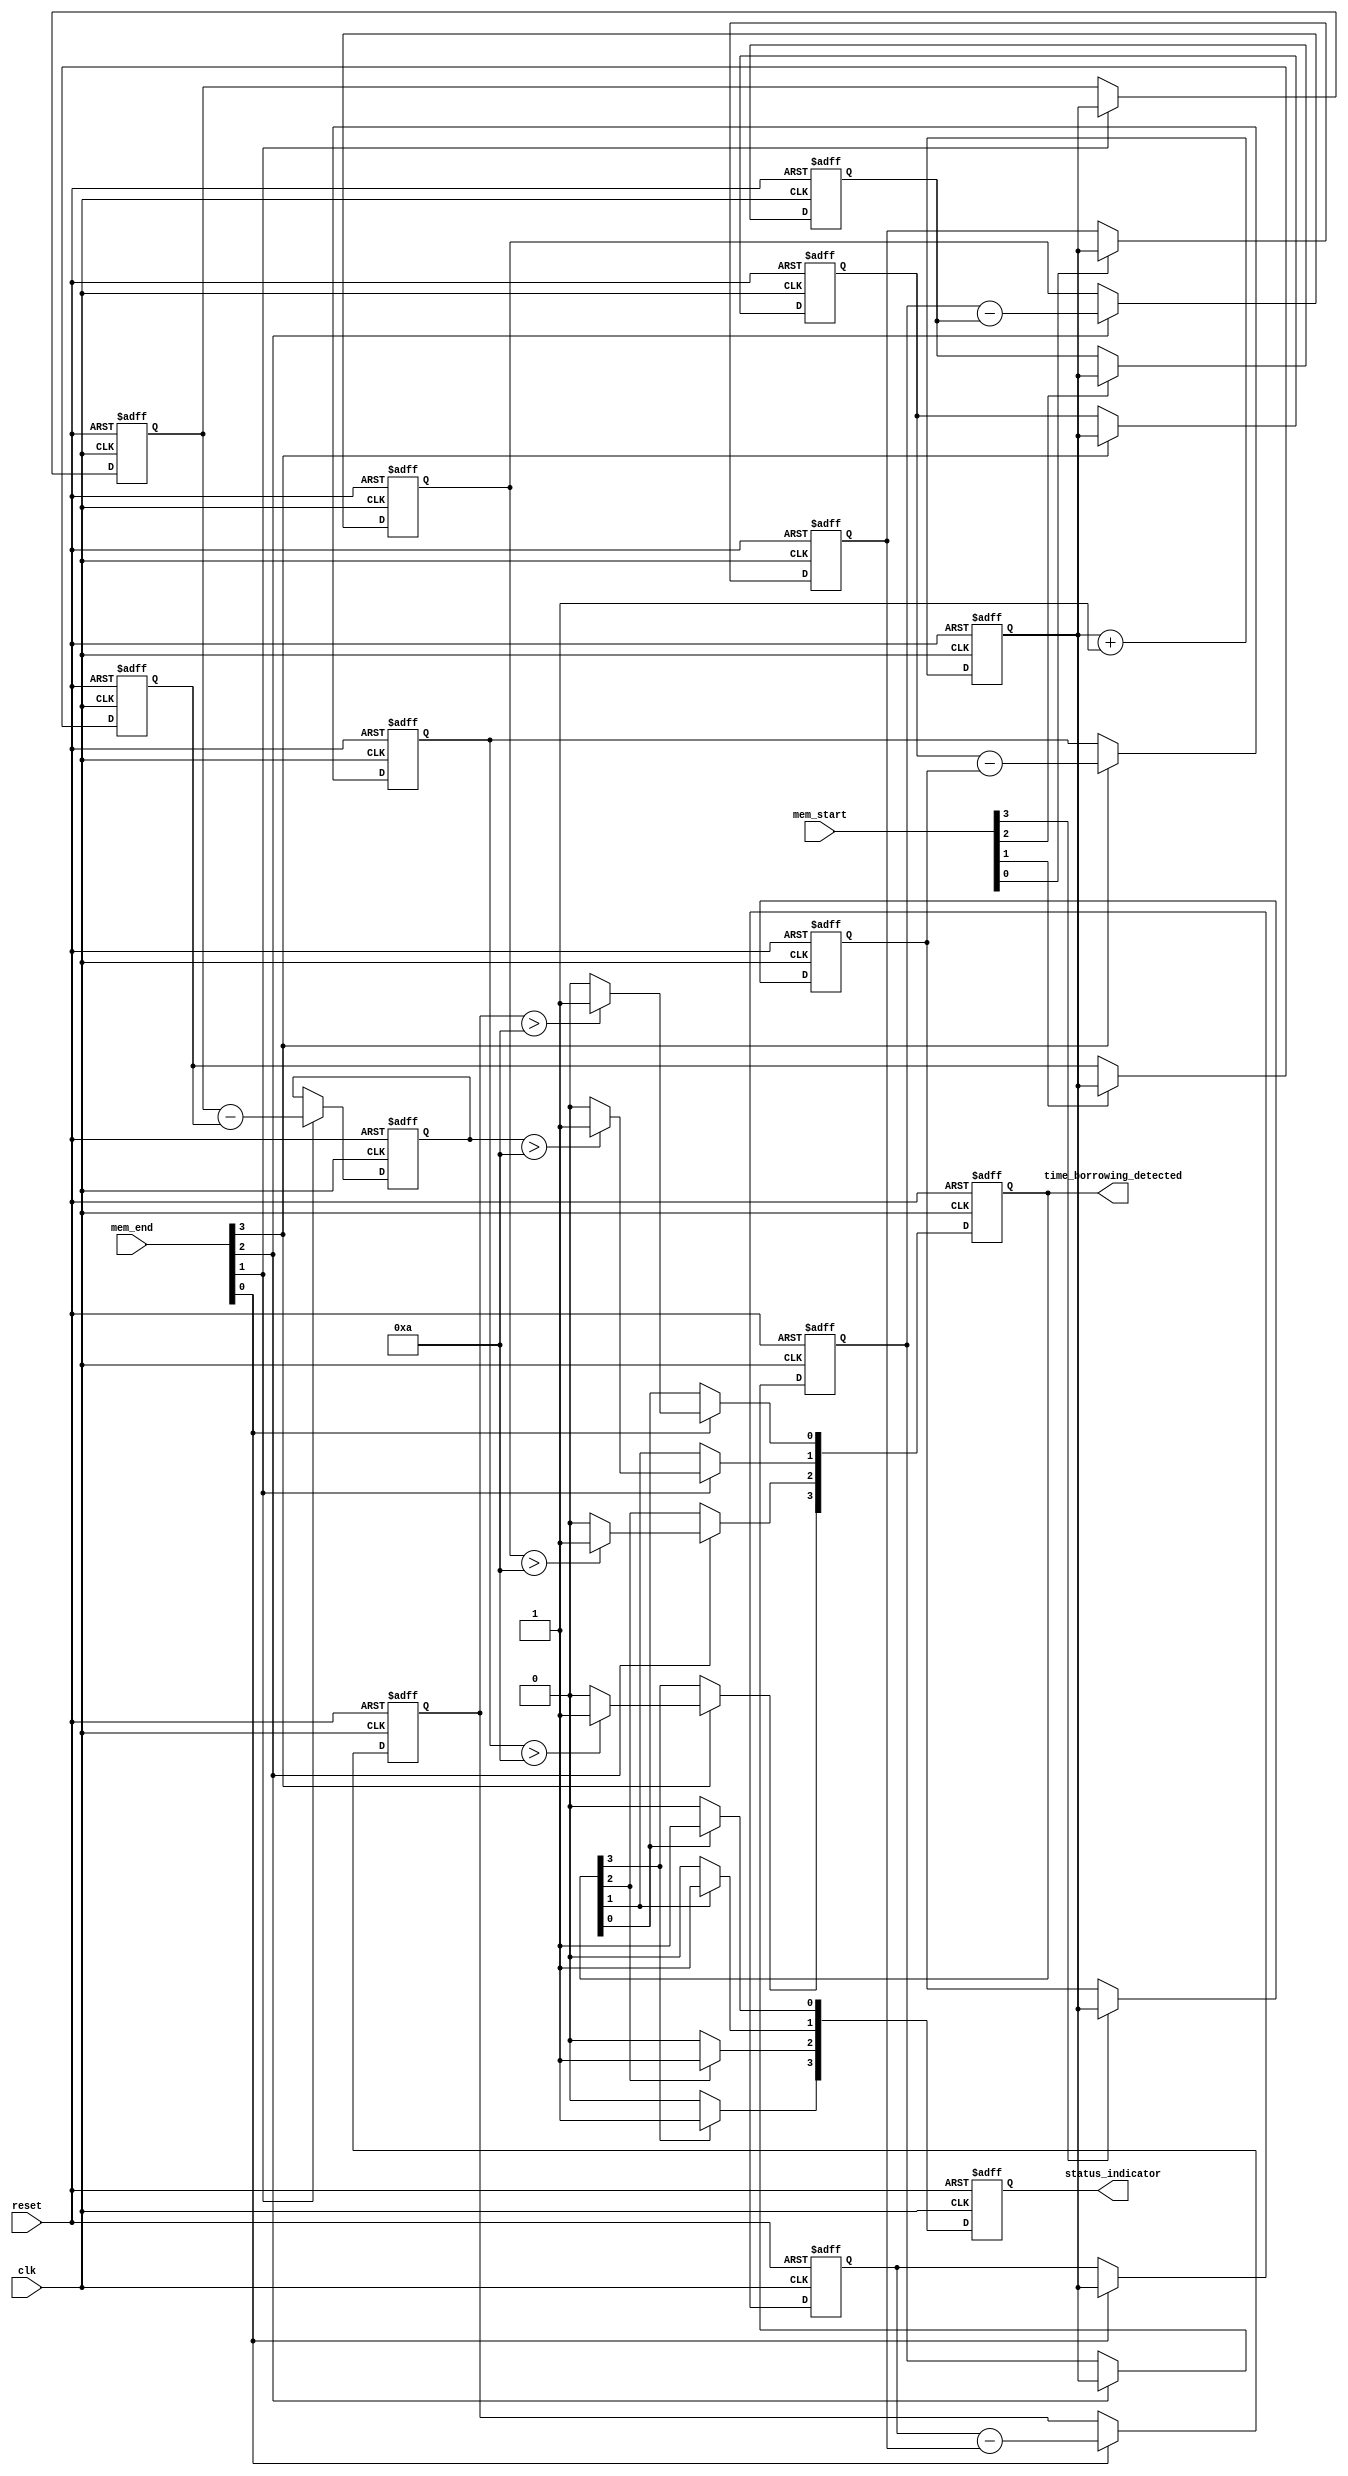
module MemoryBlocksTimeBorrowingDetector #(
    parameter NUM_BLOCKS = 4, // Number of memory blocks
    parameter TIMING_CONSTRAINT = 10 // Maximum allowed duration for operations
)(
    input wire clk, // System clock
    input wire reset, // Reset signal
    input wire [NUM_BLOCKS-1:0] mem_start, // Start signals for memory blocks
    input wire [NUM_BLOCKS-1:0] mem_end, // End signals for memory blocks
    output reg [NUM_BLOCKS-1:0] time_borrowing_detected, // Time borrowing flags
    output reg [NUM_BLOCKS-1:0] status_indicator // Status indicators
);

    reg [31:0] start_timestamp [NUM_BLOCKS-1:0]; // Start timestamps for each block
    reg [31:0] end_timestamp [NUM_BLOCKS-1:0]; // End timestamps for each block
    reg [31:0] duration [NUM_BLOCKS-1:0]; // Duration of operations
    reg [31:0] log [NUM_BLOCKS-1:0]; // Event log for time borrowing events

    integer i;

    // Timestamp generator (simple counter for demonstration)
    reg [31:0] timestamp_counter;

    always @(posedge clk or posedge reset) begin
        if (reset) begin
            timestamp_counter <= 0;
            time_borrowing_detected <= 0;
            status_indicator <= 0;
            for (i = 0; i < NUM_BLOCKS; i = i + 1) begin
                start_timestamp[i] <= 0;
                end_timestamp[i] <= 0;
                duration[i] <= 0;
                log[i] <= 0;
            end
        end else begin
            timestamp_counter <= timestamp_counter + 1;

            // Monitor memory operations
            for (i = 0; i < NUM_BLOCKS; i = i + 1) begin
                if (mem_start[i]) begin
                    start_timestamp[i] <= timestamp_counter; // Record start timestamp
                end
                if (mem_end[i]) begin
                    end_timestamp[i] <= timestamp_counter; // Record end timestamp
                    duration[i] <= end_timestamp[i] - start_timestamp[i]; // Calculate duration

                    // Check for time borrowing
                    if (duration[i] > TIMING_CONSTRAINT) begin
                        time_borrowing_detected[i] <= 1; // Flag time borrowing
                        log[i] <= timestamp_counter; // Log the event timestamp
                    end else begin
                        time_borrowing_detected[i] <= 0; // Clear flag if within limits
                    end
                end
            end

            // Update status indicators
            for (i = 0; i < NUM_BLOCKS; i = i + 1) begin
                if (time_borrowing_detected[i]) begin
                    status_indicator[i] <= 1; // Indicate time borrowing detected
                end else begin
                    status_indicator[i] <= 0; // Clear status if no issues
                end
            end
        end
    end
endmodule